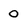
Character: 0